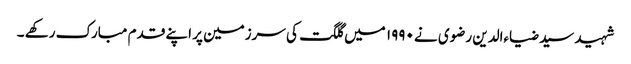
شہید سید ضیاءالدین رضوی نے ۱۹۹۰ میں گلگت کی سرزمین پر اپنے قدم مبارک رکھے ۔